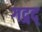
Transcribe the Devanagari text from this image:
गद्गद्